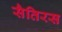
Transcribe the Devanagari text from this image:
सैतिरस